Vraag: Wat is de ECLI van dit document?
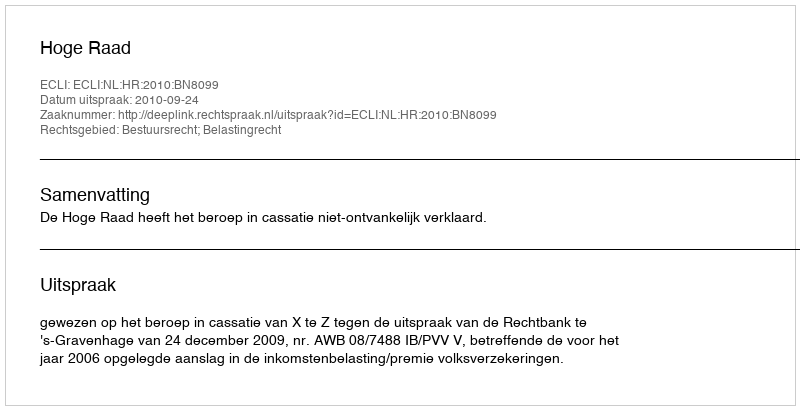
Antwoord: ECLI:NL:HR:2010:BN8099